Report on the bubonic plague in Bombay, 1896-1897
Year: 1896
Disease focus: Plague
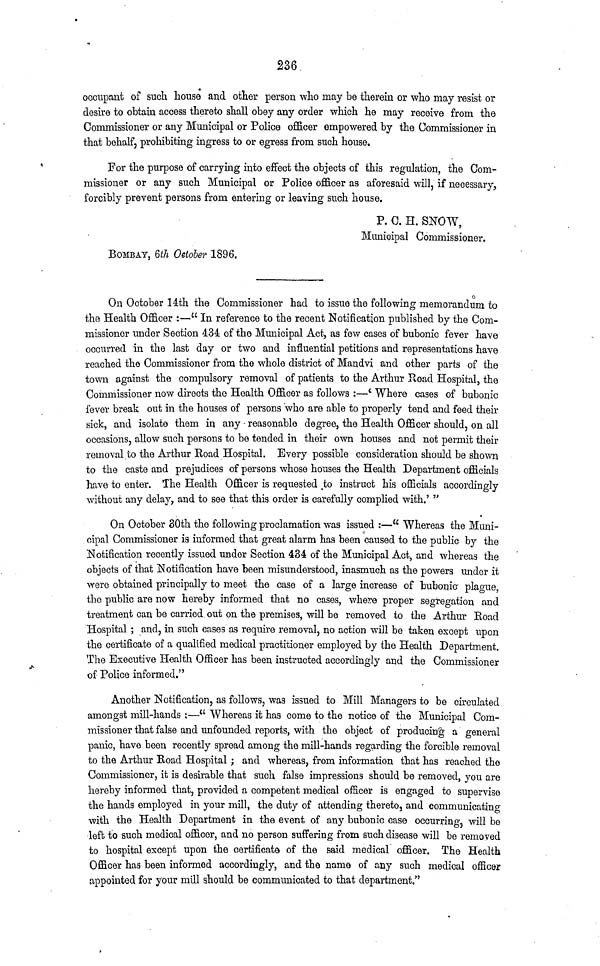
236
occupant of such house and other person who may be therein or who may resist or
desire to obtain access thereto shall obey any order which he may receive from the
Commissioner or any Municipal or Police officer empowered by the Commissioner in
that behalf, prohibiting ingress to or egress from such house.
For the purpose of carrying into effect the objects of this regulation, the Com-
missioner or any such Municipal or Police officer as aforesaid will, if necessary,
forcibly prevent persons from entering or leaving such house.
P. C. H. SNOW,
Municipal Commissioner.
BOMBAY, 6th October 1896.
On October 14th the Commissioner had to issue the following memorandum to
the Health Officer :—" In reference to the recent Notification published by the Com-
missioner under Section 434 of the Municipal Act, as few cases of bubonic fever have
occurred in the last day or two and influential petitions and representations have
reached the Commissioner from the whole district of Mandvi and other parts of the
town against the compulsory removal of patients to the Arthur Road Hospital, the
Commissioner now directs the Health Officer as follows :—' Where cases of bubonic
fever break out in the houses of persons who are able to properly tend and feed their
sick, and isolate them in any reasonable degree, the Health Officer should, on all
occasions, allow such persons to be tended in their own houses and not permit their
removal to the Arthur Road Hospital. Every possible consideration should be shown
to the caste and prejudices of persons whose houses the Health Department officials
have to enter. The Health Officer is requested to instruct his officials accordingly
without any delay, and to see that this order is carefully complied with.' "
On October 30th the following proclamation was issued :—" Whereas the Muni-
cipal Commissioner is informed that great alarm has been caused to the public by the
Notification recently issued under Section 434 of the Municipal Act, and whereas the
objects of that Notification have been misunderstood, inasmuch as the powers under it
were obtained principally to meet the case of a large increase of bubonic plague,
the public are now hereby informed that no cases, where proper segregation and
treatment can be carried out on the premises, will be removed to the Arthur Road
Hospital ; and, in such cases as require removal, no action will be taken except upon
the certificate of a qualified medical practitioner employed by the Health Department.
The Executive Health Officer has been instructed accordingly and the Commissioner
of Police informed."
Another Notification, as follows, was issued to Mill Managers to be circulated
amongst mill-hands :—" Whereas it has come to the notice of the Municipal Com-
missioner that false and unfounded reports, with the object of producing a general
panic, have been recently spread among the mill-hands regarding the forcible removal
to the Arthur Road Hospital ; and whereas, from information that has reached the
Commissioner, it is desirable that such false impressions should be removed, you are
hereby informed that, provided a competent medical officer is engaged to supervise
the hands employed in your mill, the duty of attending thereto, and communicating
with the Health Department in the event of any bubonic case occurring, will be
left to such medical officer, and no person suffering from such disease will be removed
to hospital except upon the certificate of the said medical officer. The Health
Officer has been informed accordingly, and the name of any such medical officer
appointed for your mill should be communicated to that department."